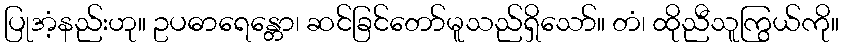
ပြုအံ့နည်းဟု။ ဥပဓာရေန္တော၊ ဆင်ခြင်တော်မူသည်ရှိသော်။ တံ၊ ထိုညီသူကြွယ်ကို။